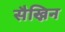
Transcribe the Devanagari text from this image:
सैख्निन